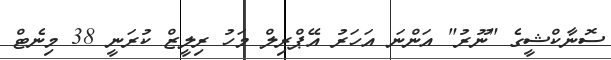
ސޮނާކްޝީގެ "ނޫރު" އަންނަ އަހަރު އޭޕްރިލް މަހު ރިލީޒް ކުރަނީ 38 މިނެޓް